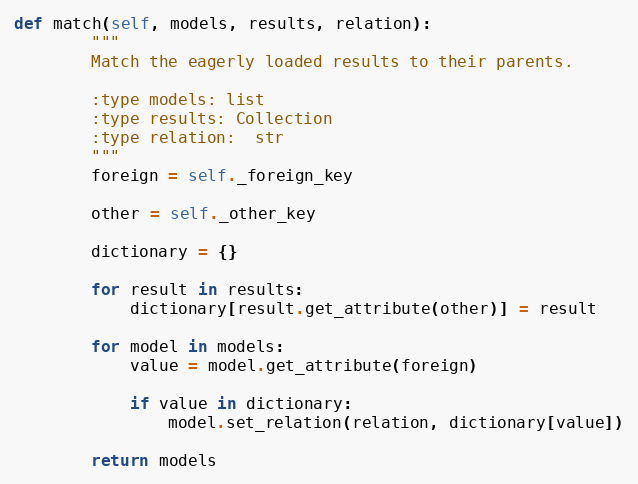
Language: Python
def match(self, models, results, relation):
        """
        Match the eagerly loaded results to their parents.

        :type models: list
        :type results: Collection
        :type relation:  str
        """
        foreign = self._foreign_key

        other = self._other_key

        dictionary = {}

        for result in results:
            dictionary[result.get_attribute(other)] = result

        for model in models:
            value = model.get_attribute(foreign)

            if value in dictionary:
                model.set_relation(relation, dictionary[value])

        return models